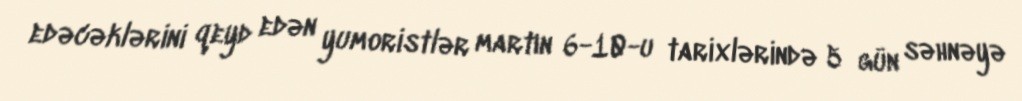
edəcəklərini qeyd edən yumoristlər martın 6-10-u tarixlərində 5 gün səhnəyə